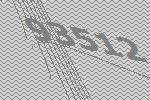
93512